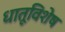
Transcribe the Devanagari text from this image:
धातूविशेष